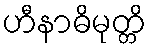
ဟီနာဓိမုတ္တိ